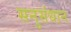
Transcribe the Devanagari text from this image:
सनुसंधान